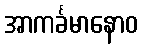
အာကင်္ခမာနောဝ